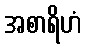
အစာရိဟံ